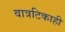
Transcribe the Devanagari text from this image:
वात्रटिकाही